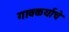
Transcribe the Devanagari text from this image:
गावकर्याचे